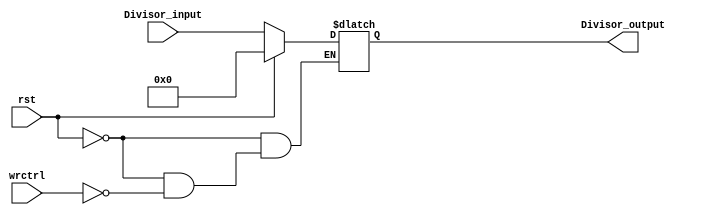
module Divisor(
	input [31:0] Divisor_input, //Divisor input
	input rst, //Reset Divisor
	input wrctrl, //write the Divisor into register
	output reg [31:0] Divisor_output //Divisor output
	);
	
always@(wrctrl or rst)begin
	if(rst)Divisor_output=32'd0;//If reset signal is 1,put the value 0 to the output
	else if(wrctrl)Divisor_output=Divisor_input;//If write control signal is 1,put the value of input to the output
end
endmodule